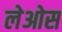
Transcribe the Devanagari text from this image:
लेओस